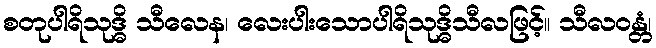
စတုပါရိသုဒ္ဓိ သီလေန၊ လေးပါးသောပါရိသုဒ္ဓိသီလဖြင့်။ သီလဝန္တံ၊